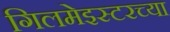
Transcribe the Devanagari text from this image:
गिलमेइस्टरच्या